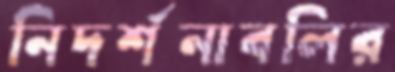
নিদর্শনাবলির